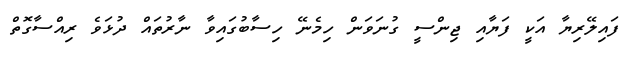
ފައިލޭރިޔާ އަކީ ފަޔާއި ޖިންސީ ގުނަވަން ހިމެނޭ ހިސާބުގައިވާ ނާރުތައް ދުޅަވެ ރިއްސާގޮތް